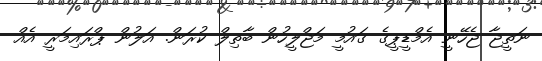
ނަތީޖާ ޖެހޭނީ އެމްޑީޕީގެ ގައުމީ މަޖްލީހުން ބާތިލް ކުރަން. އަލުން ޕްރައިމަރީ އެއް